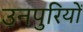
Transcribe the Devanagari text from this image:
उनपुरियों